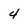
Character: 4